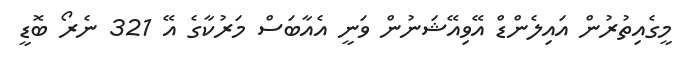
މީގެއިތުރުން އައިލެންޑް އޭވިއޭޝަނުން ވަނީ އެއާބަސް މަރުކާގެ އޭ 321 ނެރޯ ބޮޑީ